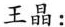
王晶：